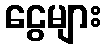
ငွေများ